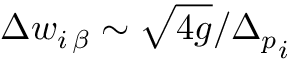
\Delta w _ { i \, \beta } \sim \sqrt { 4 g } / { \Delta _ { p } } _ { i }